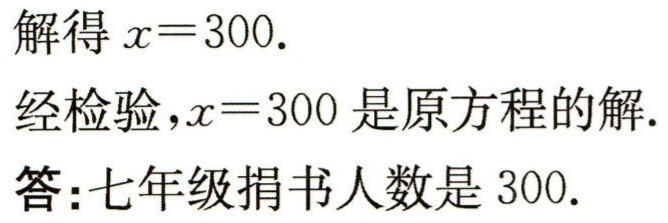
解得 \(x = 300.\)

经检验，\(x = 300\) 是原方程的解.

答：七年级捐书人数是 \(300\).